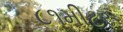
૮૧મીટર